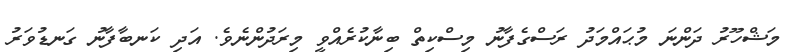
މަޝްހޫރު ދަންނަ މުޙައްމަދު ރަސްގެފާނު މިސްކިތް ބިނާކުރެއްވީ މިރަދުންނެވެ. އަދި ކަނބާފާނު ގަނޑުވަރު